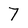
Character: 7